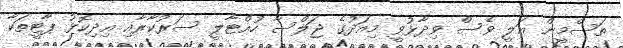
ތަސްމީން ޢަލީ ވެސް ވިދާޅުވީ މިއަދުގެ ޖަލްސާ ހުއްޓާލީ ސަރުކާރާއި އިދިކޮޅު ޕާޓީތަކާ